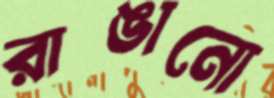
রাঙানো